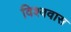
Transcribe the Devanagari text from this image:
विश्ववास